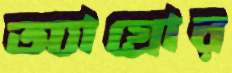
অ্যাগ্রোর